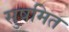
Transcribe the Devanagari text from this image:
सुषमित